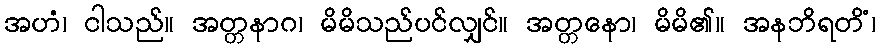
အဟံ၊ ငါသည်။ အတ္တနာဂ၊ မိမိသည်ပင်လျှင်။ အတ္တနော၊ မိမိ၏။ အနဘိရတိံ၊